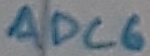
Text: ADC6